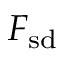
F _ { \mathrm { s d } }